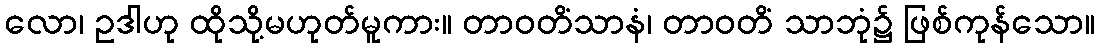
လော၊ ဥဒါဟု ထိုသို့မဟုတ်မူကား။ တာဝတိံသာနံ၊ တာဝတိံ သာဘုံ၌ ဖြစ်ကုန်သော။